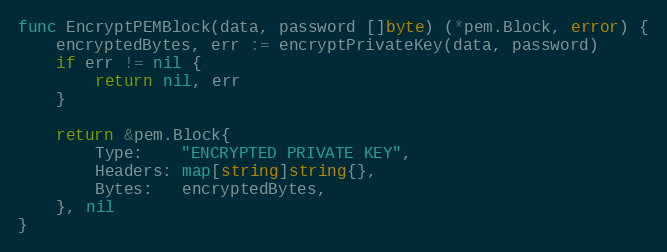
Language: Go
func EncryptPEMBlock(data, password []byte) (*pem.Block, error) {
	encryptedBytes, err := encryptPrivateKey(data, password)
	if err != nil {
		return nil, err
	}

	return &pem.Block{
		Type:    "ENCRYPTED PRIVATE KEY",
		Headers: map[string]string{},
		Bytes:   encryptedBytes,
	}, nil
}